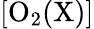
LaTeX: \mathrm{[O_{2}(X)]}